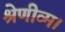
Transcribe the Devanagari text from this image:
श्रेणीव्म।